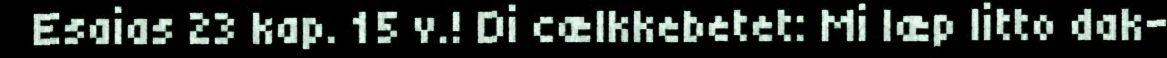
Esaias 23 kap. 15 v.! Di cælkkebetet: Mi læp litto dak-